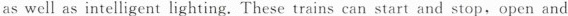
as well as intelligent lighting. These trains can start and stop, open and